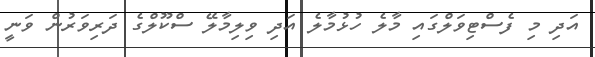
އަދި މި ފެސްޓިވަލްގައި މާލެ ހުޅުމާލެ އަދި ވިލިމާލޭ ސްކޫލްގެ ދަރިވަރުން ވަނީ